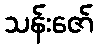
သန်းဇော်